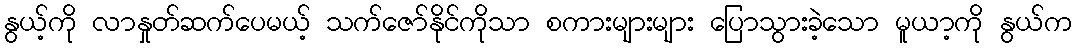
နွယ့်ကို လာနှုတ်ဆက်ပေမယ့် သက်ဇော်နိုင်ကိုသာ စကားများများ ပြောသွားခဲ့သော မူယာ့ကို နွယ်က